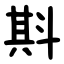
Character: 㪸